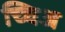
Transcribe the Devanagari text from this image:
च्चिअ